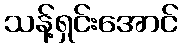
သန့်ရှင်းအောင်